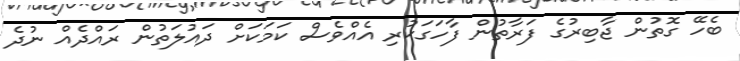
ބެހޭ ގޮތުން ޖާބިރުގެ ފަރާތުން ފާހަގަކުރި އެއްވެސް ކަމަކަށް ދައުލަތުން ރައްދެއް ނުދެ